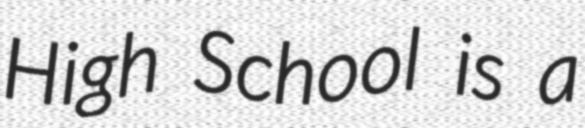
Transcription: High School is a